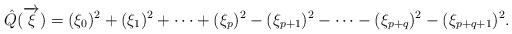
LaTeX: \begin{align*} \hat Q(\overrightarrow{\xi}) = (\xi_0)^2+(\xi_1)^2+\dots+(\xi_p)^2-(\xi_{p+1})^2-\dots-(\xi_{p+q})^2-(\xi_{p+q+1})^2.\end{align*}